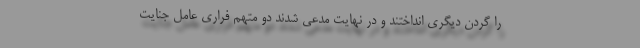
را گردن دیگری انداختند و در نهایت مدعی شدند دو متهم فراری عامل جنایت